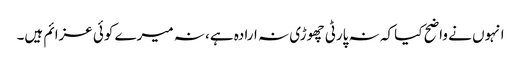
انہوں نے واضح کیا کہ نہ پارٹی چھوڑی نہ ارادہ ہے، نہ میرے کوئی عزائم ہیں۔